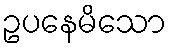
ဥပနေမိသော